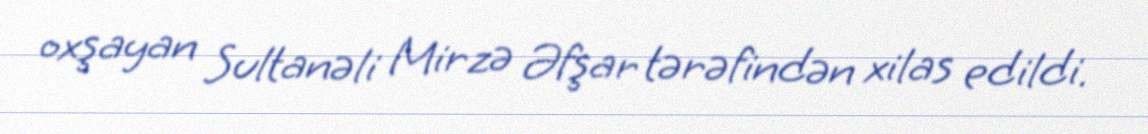
oxşayan Sultanəli Mirzə Əfşar tərəfindən xilas edildi.